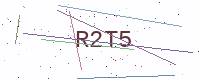
Text: R2T5